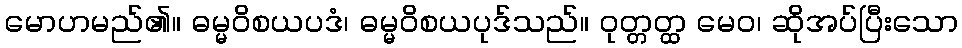
မောဟမည်၏။ ဓမ္မဝိစယပဒံ၊ ဓမ္မဝိစယပုဒ်သည်။ ဝုတ္တတ္ထ မေဝ၊ ဆိုအပ်ပြီးသော